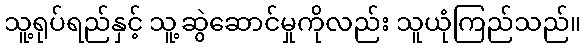
သူ့ရုပ်ရည်နှင့် သူ့ဆွဲဆောင်မှုကိုလည်း သူယုံကြည်သည်။